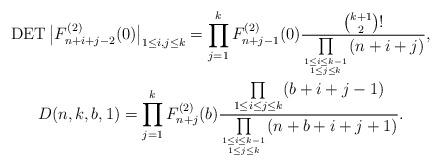
LaTeX: \begin{gather*}\operatorname{DET} \big | F_{n+i+j-2}^{(2)}(0) \big |_{1 \le i,j \le k} =\prod_{j=1}^{k} F_{n+j-1}^{(2)}(0) \frac{{k+1 \choose 2} !}{ \prod\limits_{1 \le i\le k-1 \atop 1 \le j \le k}(n+i+j)},\\D(n,k,b,1)= \prod_{j=1}^{k} F_{n+j}^{(2)}(b) \frac{\prod\limits_{1 \le i \le j \le k}(b+i+j-1)}{\prod\limits_{1 \le i \le k-1 \atop 1 \le j \le k}(n+b+i+j+1)}.\end{gather*}